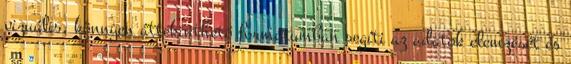
vizuális, könnyen áttekinthető formátumban segíti az adatok elemzését és